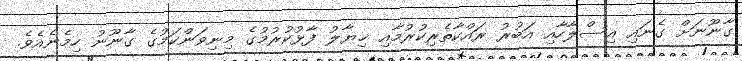
ގާނޫނަށް ގެނައި އިސްލާހާއި އަބުރު ރައްކާތެރިކުރުމާއި ޚިޔާލު ފާޅުކުރުމުގެ މިނިވަންކަމުގެ ގާނޫނު ހިމެނެއެވެ.